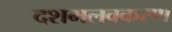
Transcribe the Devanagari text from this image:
दशमलवकरण